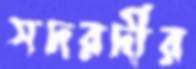
সদরদীর